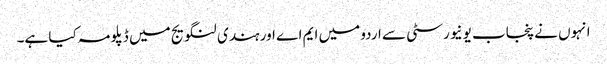
انہوں نے پنجاب یونیورسٹی سے اردو میں ایم اے اور ہندی لنگویج میں ڈپلو مہ کیا ہے۔